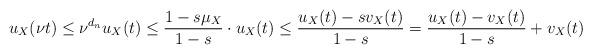
LaTeX: \begin{align*} u_X(\nu t) \le \nu^{d_n} u_X(t) \le \frac{1-s \mu_X}{1-s} \cdot u_X(t) \le \frac{u_X(t) - s v_X(t)}{1-s} = \frac{u_X(t)-v_X(t)}{1-s} + v_X(t)\end{align*}